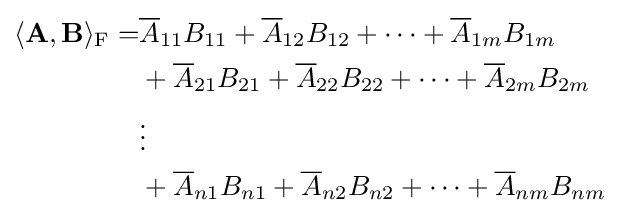
{\begin{aligned}\langle \mathbf {A} ,\mathbf {B} \rangle _{\mathrm {F} }=&{\overline {A}}_{11}B_{11}+{\overline {A}}_{12}B_{12}+\cdots +{\overline {A}}_{1m}B_{1m}\\&+{\overline {A}}_{21}B_{21}+{\overline {A}}_{22}B_{22}+\cdots +{\overline {A}}_{2m}B_{2m}\\&\vdots \\&+{\overline {A}}_{n1}B_{n1}+{\overline {A}}_{n2}B_{n2}+\cdots +{\overline {A}}_{nm}B_{nm}\\\end{aligned}}